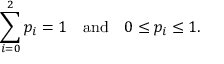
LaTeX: \sum _ { i = 0 } ^ { 2 } p _ { i } = 1 \quad { \mathrm { a n d } } \quad 0 \leq p _ { i } \leq 1 .